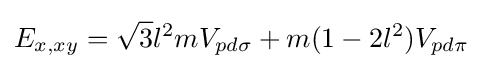
E_{x,xy}={\sqrt {3}}l^{2}mV_{pd\sigma }+m(1-2l^{2})V_{pd\pi }